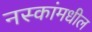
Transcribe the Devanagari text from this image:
नस्कांमधील